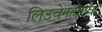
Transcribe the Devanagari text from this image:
लिउवेनहोएक